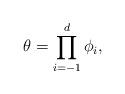
LaTeX: \begin{align*} \theta=\prod_{i=-1}^d\phi_i,\end{align*}